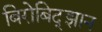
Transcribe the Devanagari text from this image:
बिरोबिद्झान